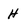
Character: H